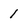
Character: 1